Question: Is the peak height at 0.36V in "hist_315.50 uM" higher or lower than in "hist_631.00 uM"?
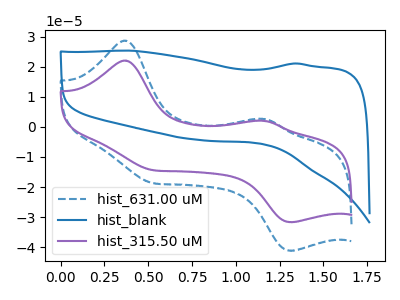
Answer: <think>The blue dashed curve "hist_631.00 uM" has anodic peaks at (0.35V, 28.65uA) (1.15V, 2.65uA) and cathodic peaks at (0.50V, -18.55uA) (1.30V, -41.20uA). The blue curve "hist_blank" has no peaks. The purple curve "hist_315.50 uM" has anodic peaks at (0.35V, 22.05uA) (1.15V, 2.05uA) and cathodic peaks at (0.50V, -14.25uA) (1.30V, -31.70uA).</think>
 <answer>The peak at 0.36V is lower in "hist_315.50 uM" than in "hist_631.00 uM".</answer>
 <eval>lower</eval>